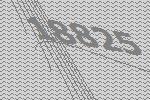
18825